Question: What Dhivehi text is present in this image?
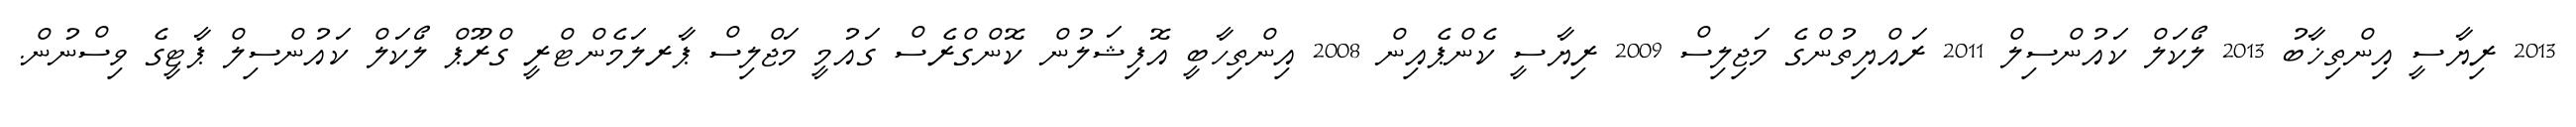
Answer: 2013 ރިޔާސީ އިންތިޚާބު 2013 ލޯކަލް ކައުންސިލް 2011 ރައްޔިތުންގެ މަޖިލިސް 2009 ރިޔާސީ ކެންޕެއިން 2008 އިންތިހާބީ އޮފިޝަލުން ކޮންގްރެސް ގައުމީ މަޖްލިސް ޕާރލަމެންޓްރީ ގްރޫޕް ލޯކަލް ކައުންސިލް ޕާޓީގެ ވިސްނުން.